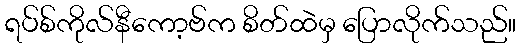
ရပ်စ်ကိုလ်နီကော့ဗ်က စိတ်ထဲမှ ပြောလိုက်သည်။